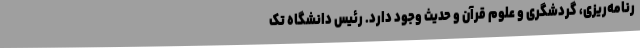
رنامه‌ریزی، گردشگری و علوم قرآن و حدیث وجود دارد. رئیس دانشگاه تک